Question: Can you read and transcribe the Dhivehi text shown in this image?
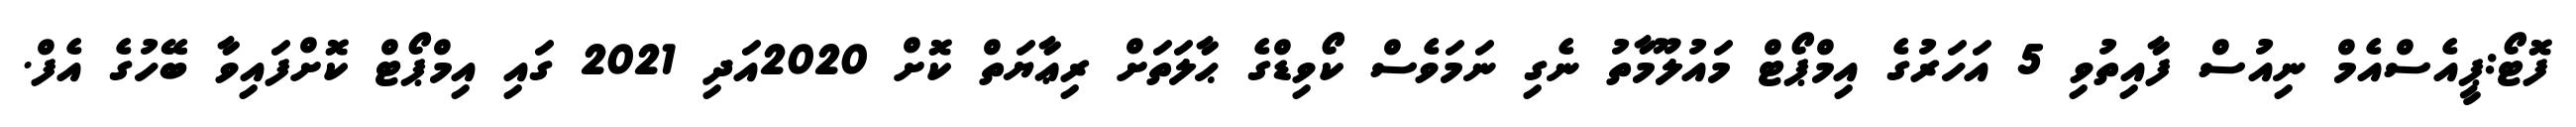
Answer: ފޮޓޯ:ޕީއެސްއެމް ނިއުސް ފާއިތުވި 5 އަހަރުގެ އިމްޕޯޓް މައުލޫމާތު ނެގި ނަމަވެސް ކޯވިޑްގެ ޙާލަތަށް ރިޢާޔަތް ކޮށް 2020އަދި 2021 ގައި އިމްޕޯޓް ކޮށްފައިވާ ބޭހުގެ އެފް.